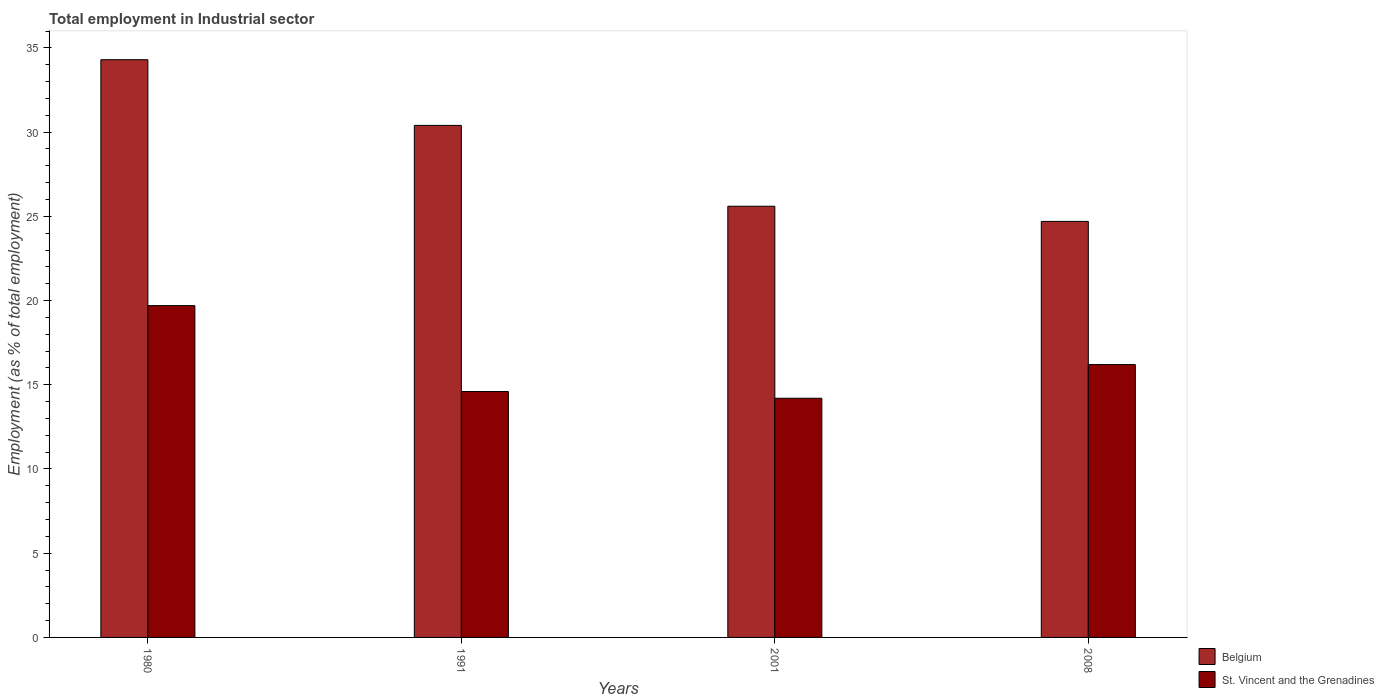
| Years | Belgium | St. Vincent and the Grenadines |
 | --- | --- | --- |
 | 1980 | 34.3 | 19.7 |
 | 1991 | 30.4 | 14.6 |
 | 2001 | 25.6 | 14.2 |
 | 2008 | 24.7 | 16.2 |